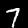
Label: 7